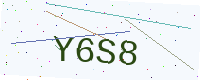
Text: Y6S8